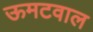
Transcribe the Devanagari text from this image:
ऊमटवाल